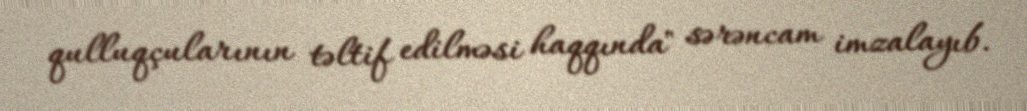
qulluqçularının təltif edilməsi haqqında" sərəncam imzalayıb.